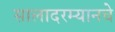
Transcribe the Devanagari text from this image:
सालादरम्यानचे